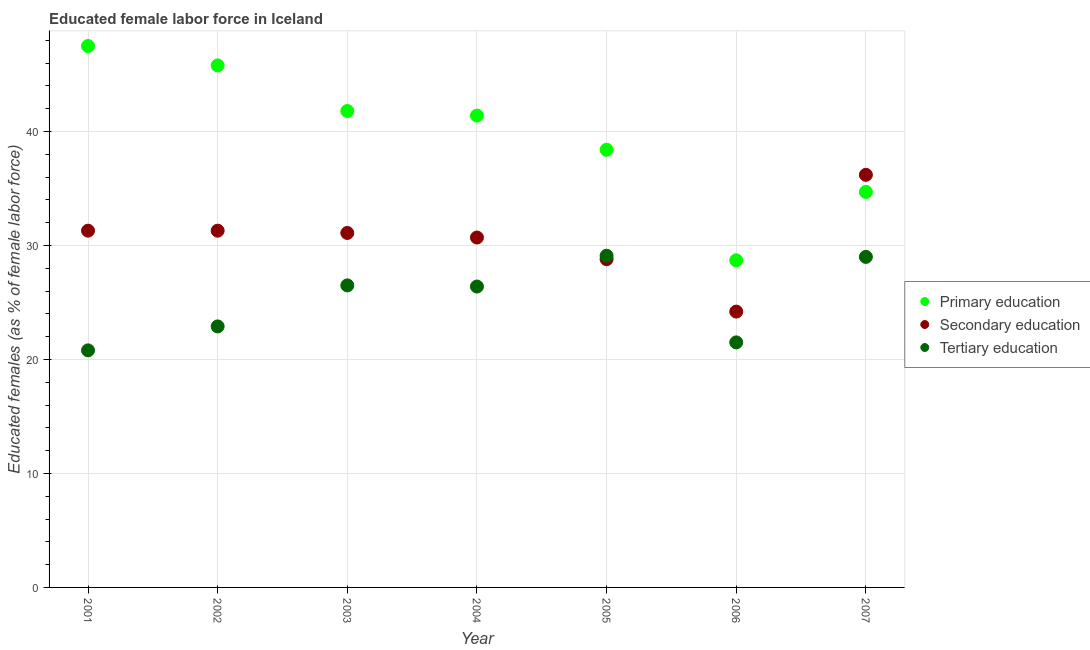
| Year | Primary education | Secondary education | Tertiary education |
 | --- | --- | --- | --- |
 | 2001 | 47.5 | 31.3 | 20.8 |
 | 2002 | 45.8 | 31.3 | 22.9 |
 | 2003 | 41.8 | 31.1 | 26.5 |
 | 2004 | 41.4 | 30.7 | 26.4 |
 | 2005 | 38.4 | 28.8 | 29.1 |
 | 2006 | 28.7 | 24.2 | 21.5 |
 | 2007 | 34.7 | 36.2 | 29 |